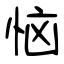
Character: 恼